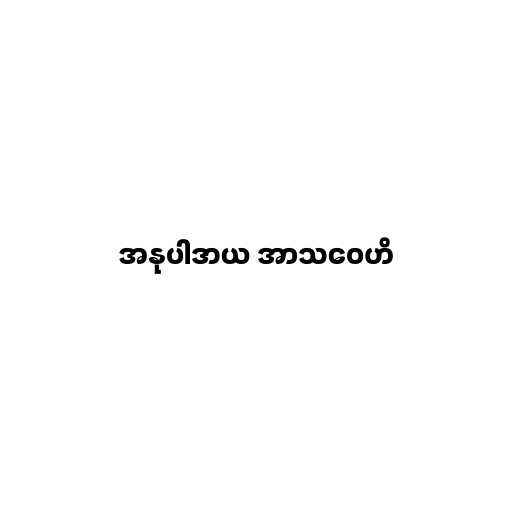
အနုပါဒာယ အာသဝေဟိ